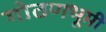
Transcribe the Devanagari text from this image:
गोठणभूमी